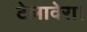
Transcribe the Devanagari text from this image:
टेलावेरा।